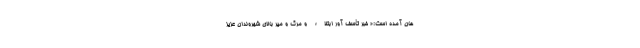
هان آمده است:« خبر تأسف آور ابتلاء و مرگ و میر بالای شهروندان عزیز